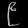
Digit: ၉